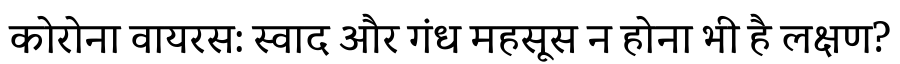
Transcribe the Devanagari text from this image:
कोरोना वायरस: स्वाद और गंध महसूस न होना भी है लक्षण?